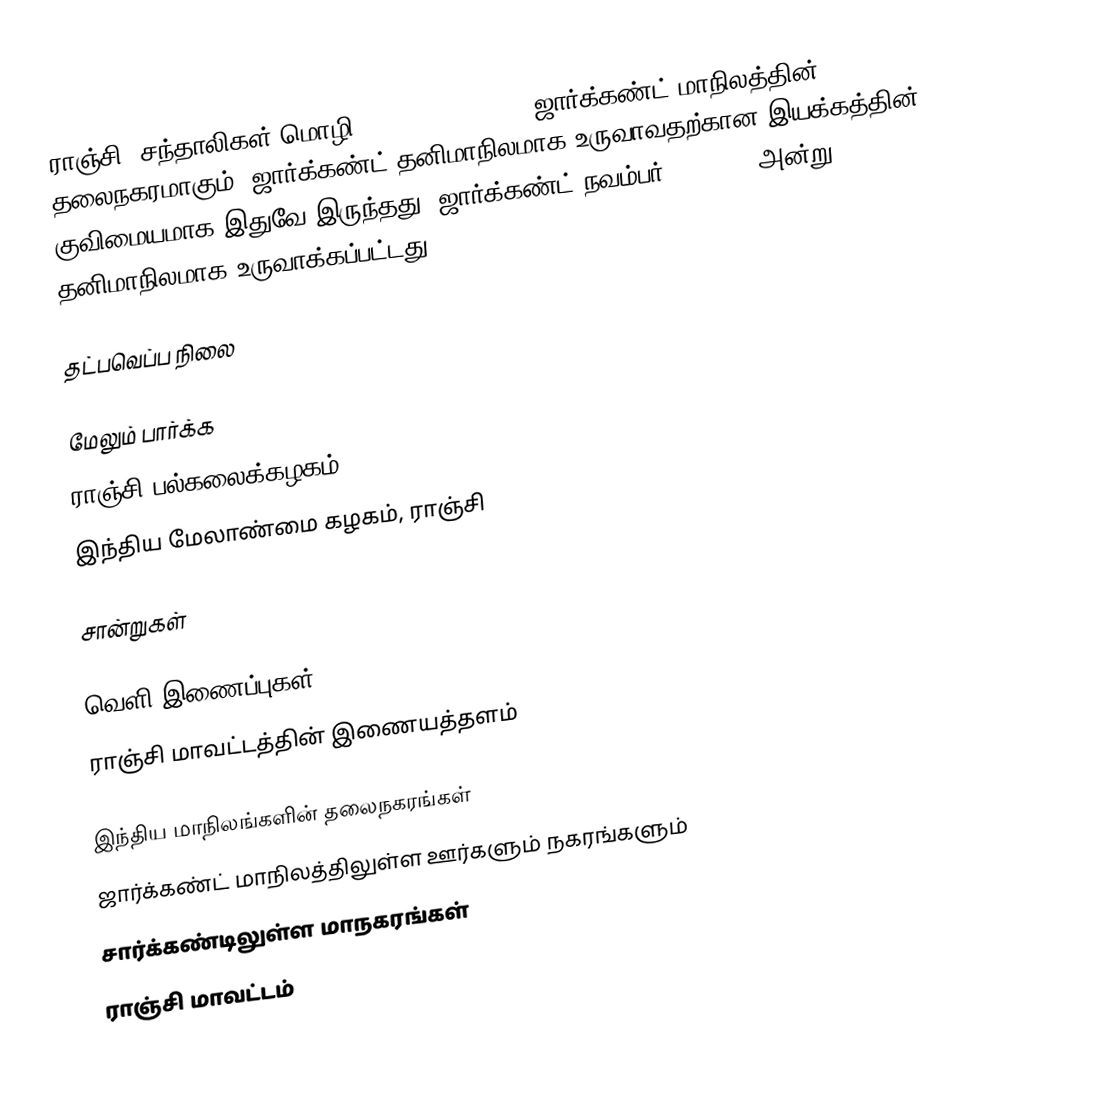
ராஞ்சி (சந்தாலிகள் மொழி: ᱨᱟᱺᱪᱤ), (Ranchi) ஜார்க்கண்ட் மாநிலத்தின் தலைநகரமாகும். ஜார்க்கண்ட் தனிமாநிலமாக உருவாவதற்கான இயக்கத்தின் குவிமையமாக இதுவே இருந்தது. ஜார்க்கண்ட் நவம்பர் 15, 2000 அன்று தனிமாநிலமாக உருவாக்கப்பட்டது.

தட்பவெப்ப நிலை

மேலும் பார்க்க
 ராஞ்சி பல்கலைக்கழகம்
 இந்திய மேலாண்மை கழகம், ராஞ்சி

சான்றுகள்

வெளி இணைப்புகள்
 ராஞ்சி மாவட்டத்தின் இணையத்தளம்

இந்திய மாநிலங்களின் தலைநகரங்கள்
ஜார்க்கண்ட் மாநிலத்திலுள்ள ஊர்களும் நகரங்களும்
சார்க்கண்டிலுள்ள மாநகரங்கள்
ராஞ்சி மாவட்டம்